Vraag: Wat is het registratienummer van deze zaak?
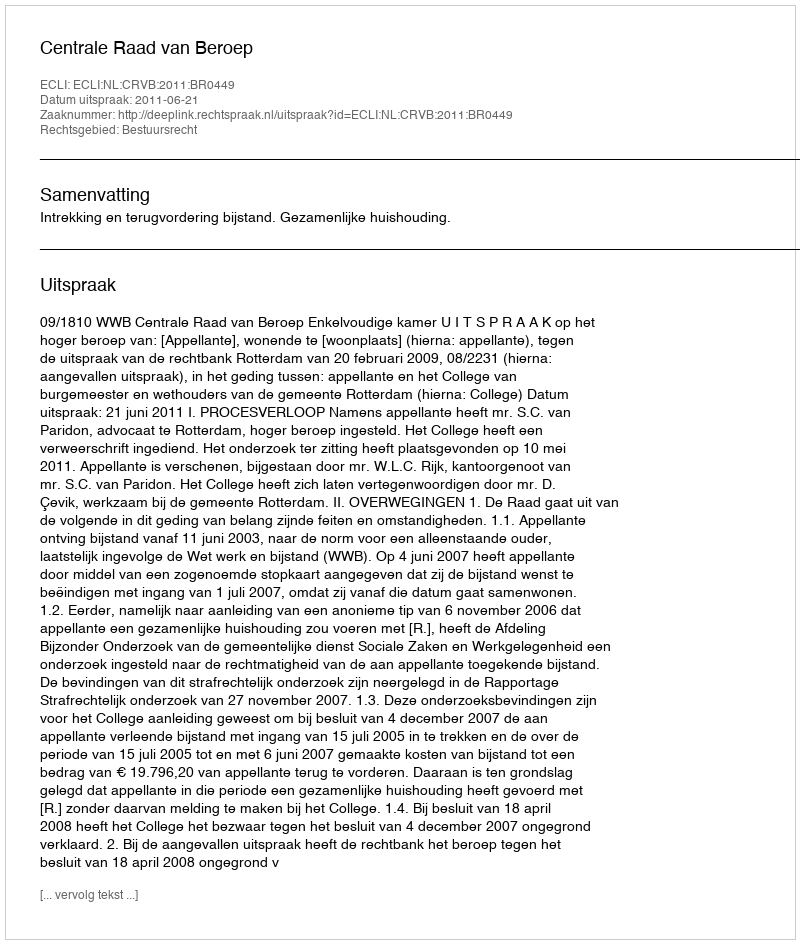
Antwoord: http://deeplink.rechtspraak.nl/uitspraak?id=ECLI:NL:CRVB:2011:BR0449